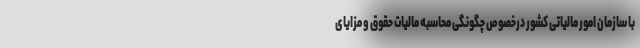
با سازمان امور مالیاتی کشور درخصوص چگونگی محاسبه مالیات حقوق و مزایای